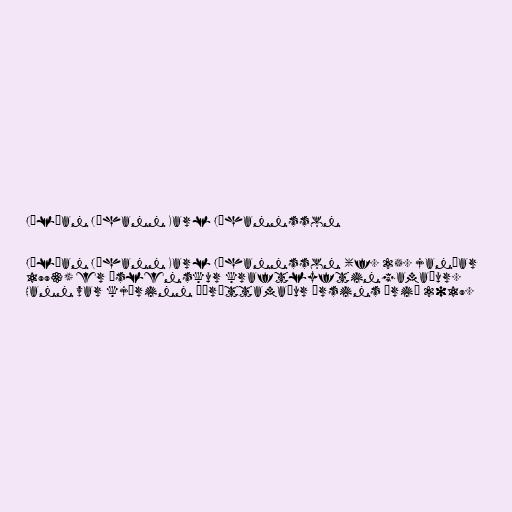
Júlían Jóhann Karl Jóhannsson

Júlían Jóhann Karl Jóhannsson (f. 25. janúar
1993) er íslenskur kraftlyftingamaður.
Hann var kjörinn íþróttamaður ársins árið 2019.